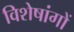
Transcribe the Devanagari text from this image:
विशेषांगों